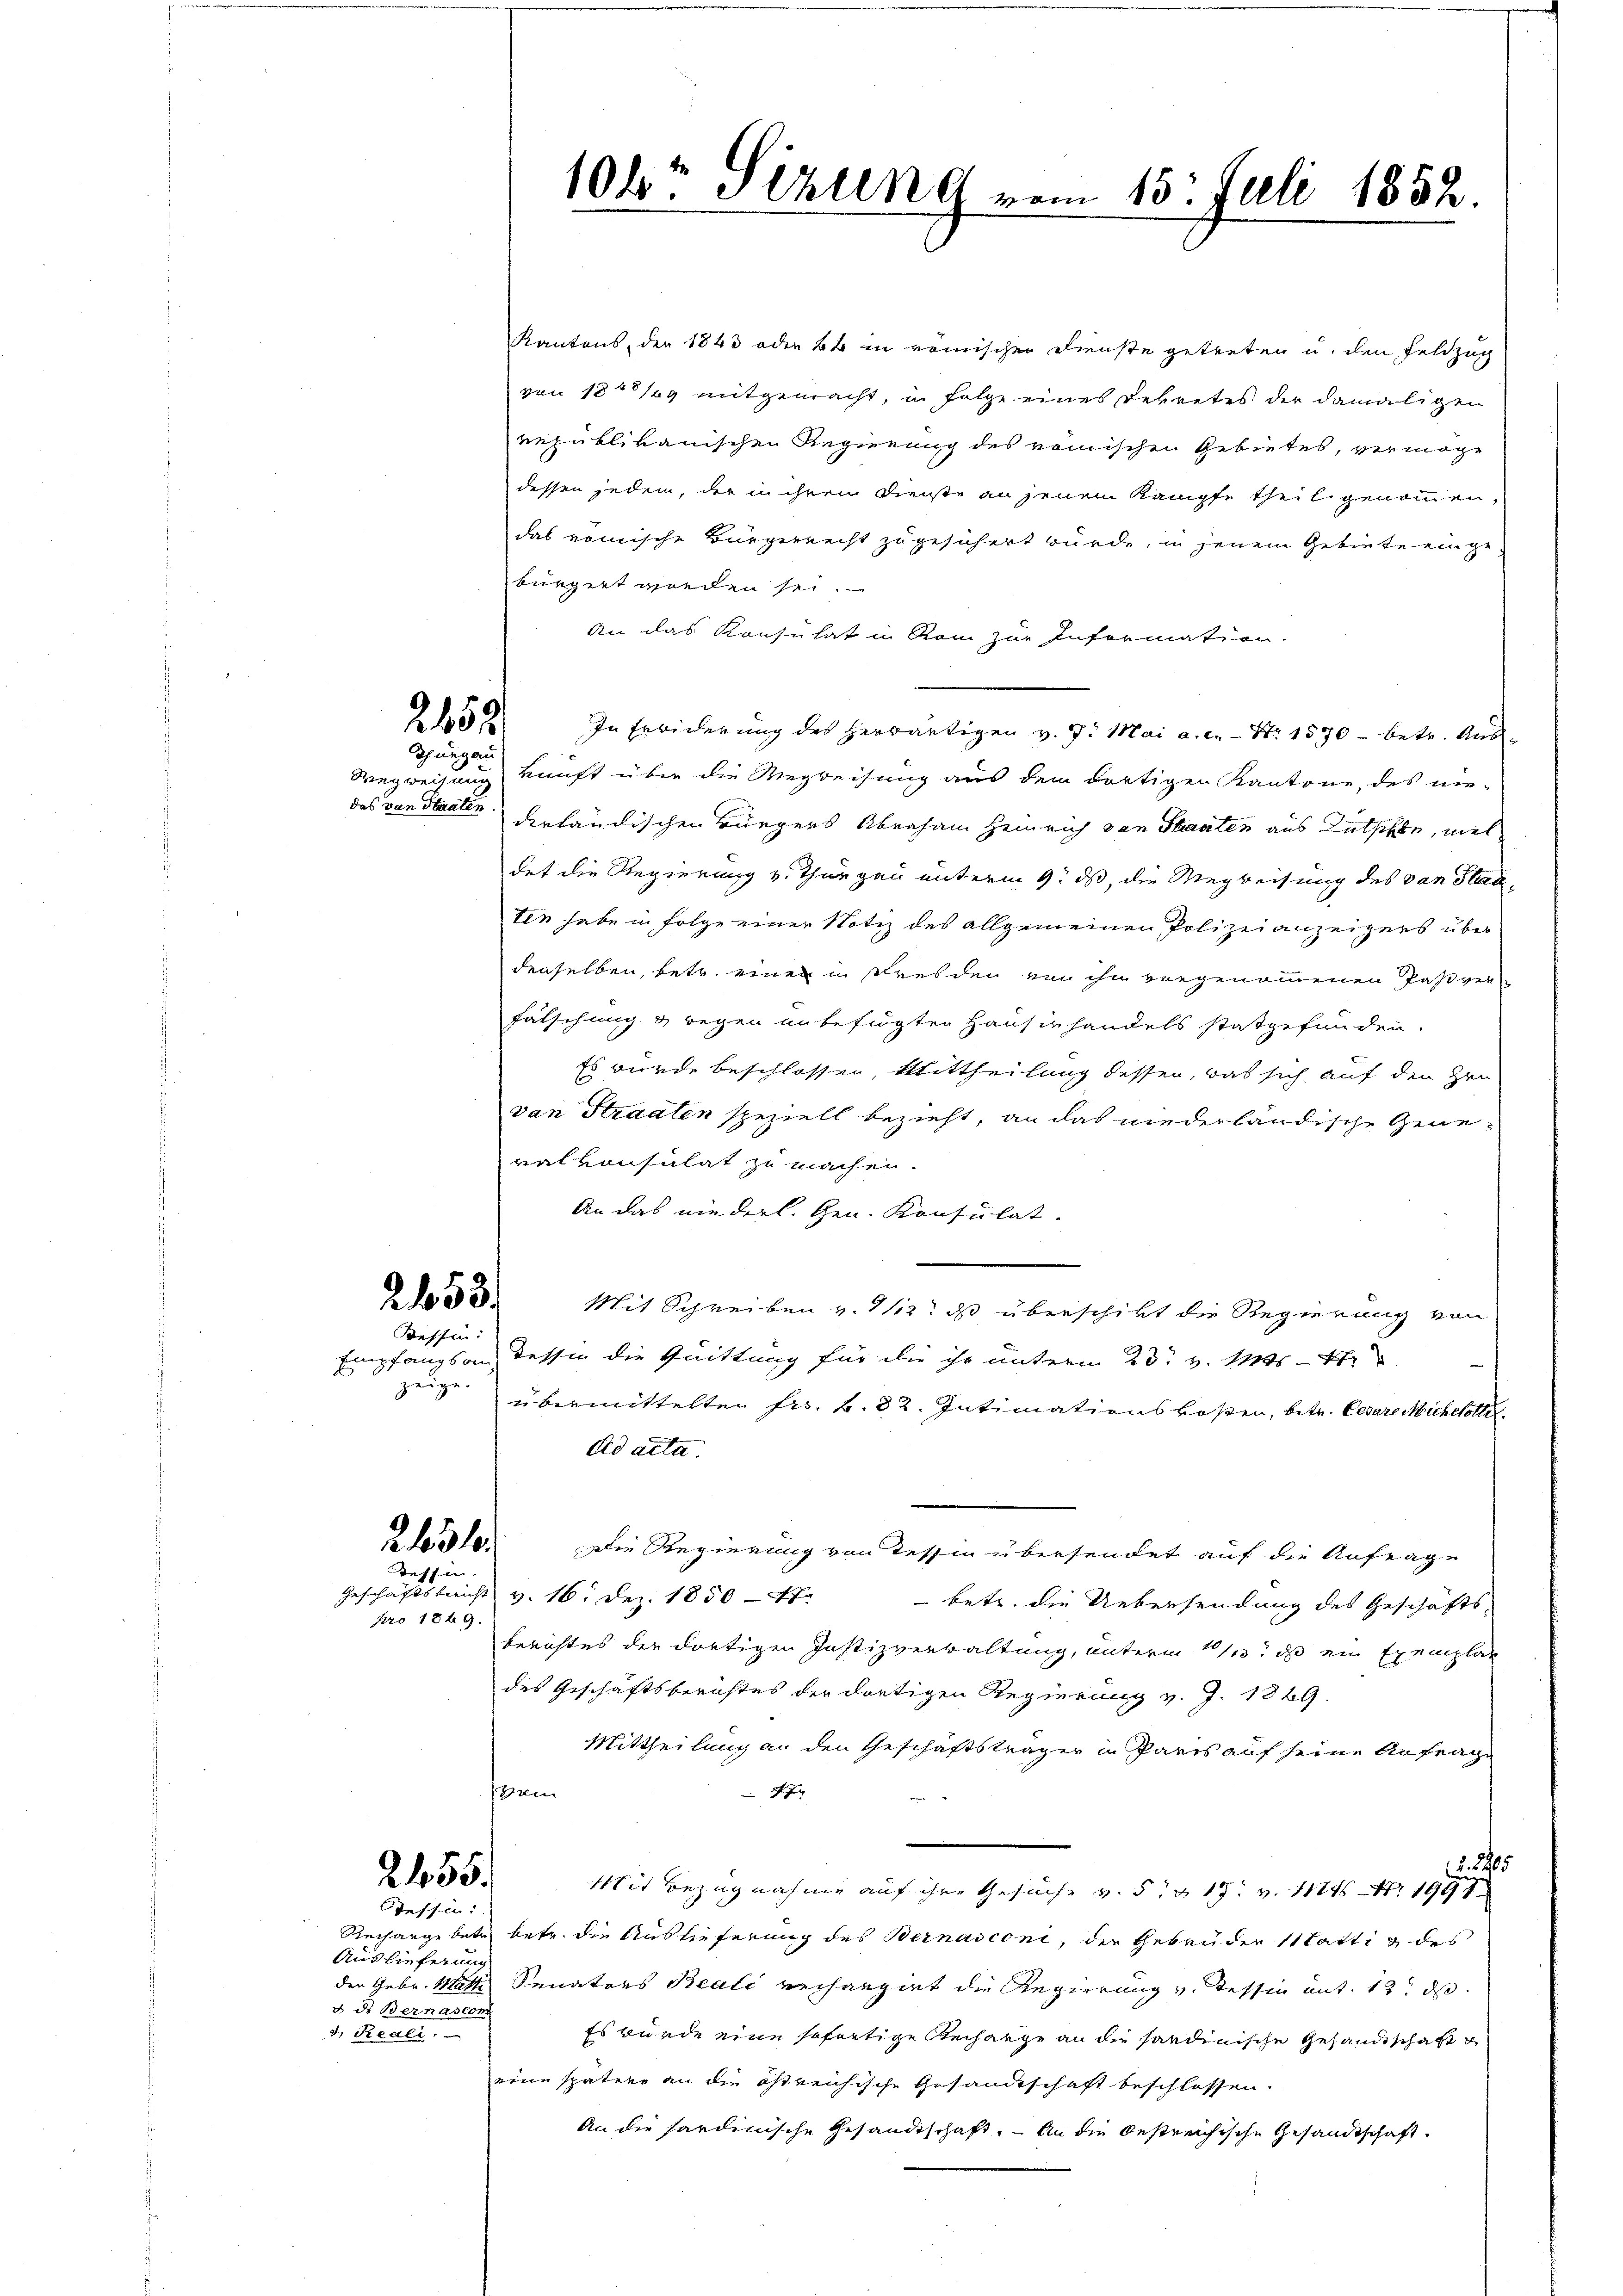
2153
Thurgau

Tessin:

Empfangsan,
zeige.

2454
Tessin

pro 1869.

2455.
Tessen:

Auslieferung
d ds Bernascom
d, Reali.

Kantons, der 1843 oder 84 in römischen Dienste getreten u. den Feldzug
von 1861 mitgemacht, in Folge eines Dekretes der damaligen
republikanischen Regierung des römischen Gebietes, vermöge
dessen jedem, der in ihren Dienste an jenem Kämpfe theil genommen,
das römische Bürgerrecht zugesichert würde, in jenem Gebiete eingebürgert worden sei.
An das Konsulat in Rom zur Information.
In Erbiderung des herwärtigen v. J. Mai a. c. - Nr. 1570 - betr. And
Wegweisung kunft über die Wegweisung aus dem dortigen Kantone, des nie-
das von Staaten derländischen Bürgers Abraham Heinrich dann Staaten aus Rutschen, viel
det die Regierung v. Thurgau unterm 9. ds, die Wegweisung des van Stantin habe in Folge einer Notiz des allgemeinen Polizeianzeigers über
denselben, betr. einen in Dresden von ihn vorgenommenen Paß verfälschung & wegen unbefügten Hausirhandels stattgefunden.
Es würde beschlossen, Mittheilung dessen, das sich auf den Zeu
van Straaten speziell bezieht, an das niederländische Generalkonsulat zu machen.
An das niederl. Gen. Konsulat.
233. Mit Schreiben v. 3113: das überschikt die Regierung von
Tessin die Quittung für die ihr unterm 23. v. Mts. - 4
übermittelten Fr. k. 32. Intimationskosten, betr. Cesare Micheletter
Ad acta.
Die Regierung von Tessin übersendet auf die Anfrage
Geschäftsbericht v. 16. Dez. 1850 - 4.
 betr. die Uebersendung des Geschäftsberichtes der dortigen Justizverwaltung, unterm 13. ds ein Exemplar
des Geschäftsberichtes der dortigen Regierung v. J. 1829.
Mittheilung an den Geschäftsträger in Paris auf seine Anfrage
sten
F. J.
§. 2405
Mit Bezugnahme auf ihre Gesuche v. 5. 17. v. 1111. 1991
Rechargebete betr. die Auslieferung des Bernasconi, die Gebrüder stattin des
der Gebr. Mathe Senators Beale verhangirt die Regierung v. Tessin ant. 13. ds
Es wurde eine sofortige Recharge an die sandinische Gesandtschaft
eine spätere an die östreichische Gesandtschaft beschlossen.
An die sardinische Gesandtschaft. An die bestreichische Gesandtschaft

10kr. Setzung vom 15. Juli 1852.